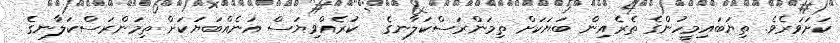
ކަށަވަރެވެ. ތިޔަބައިމީހުންގެ ތެރެއިން ބަޔަކަށް ތިމަންރަސްކަލާނގެ  ކުރެއްވިޔަސް އަނެއްބަޔަކަށް ތިމަންރަސްކަލާނގެ